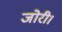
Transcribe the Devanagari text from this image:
जोरी।